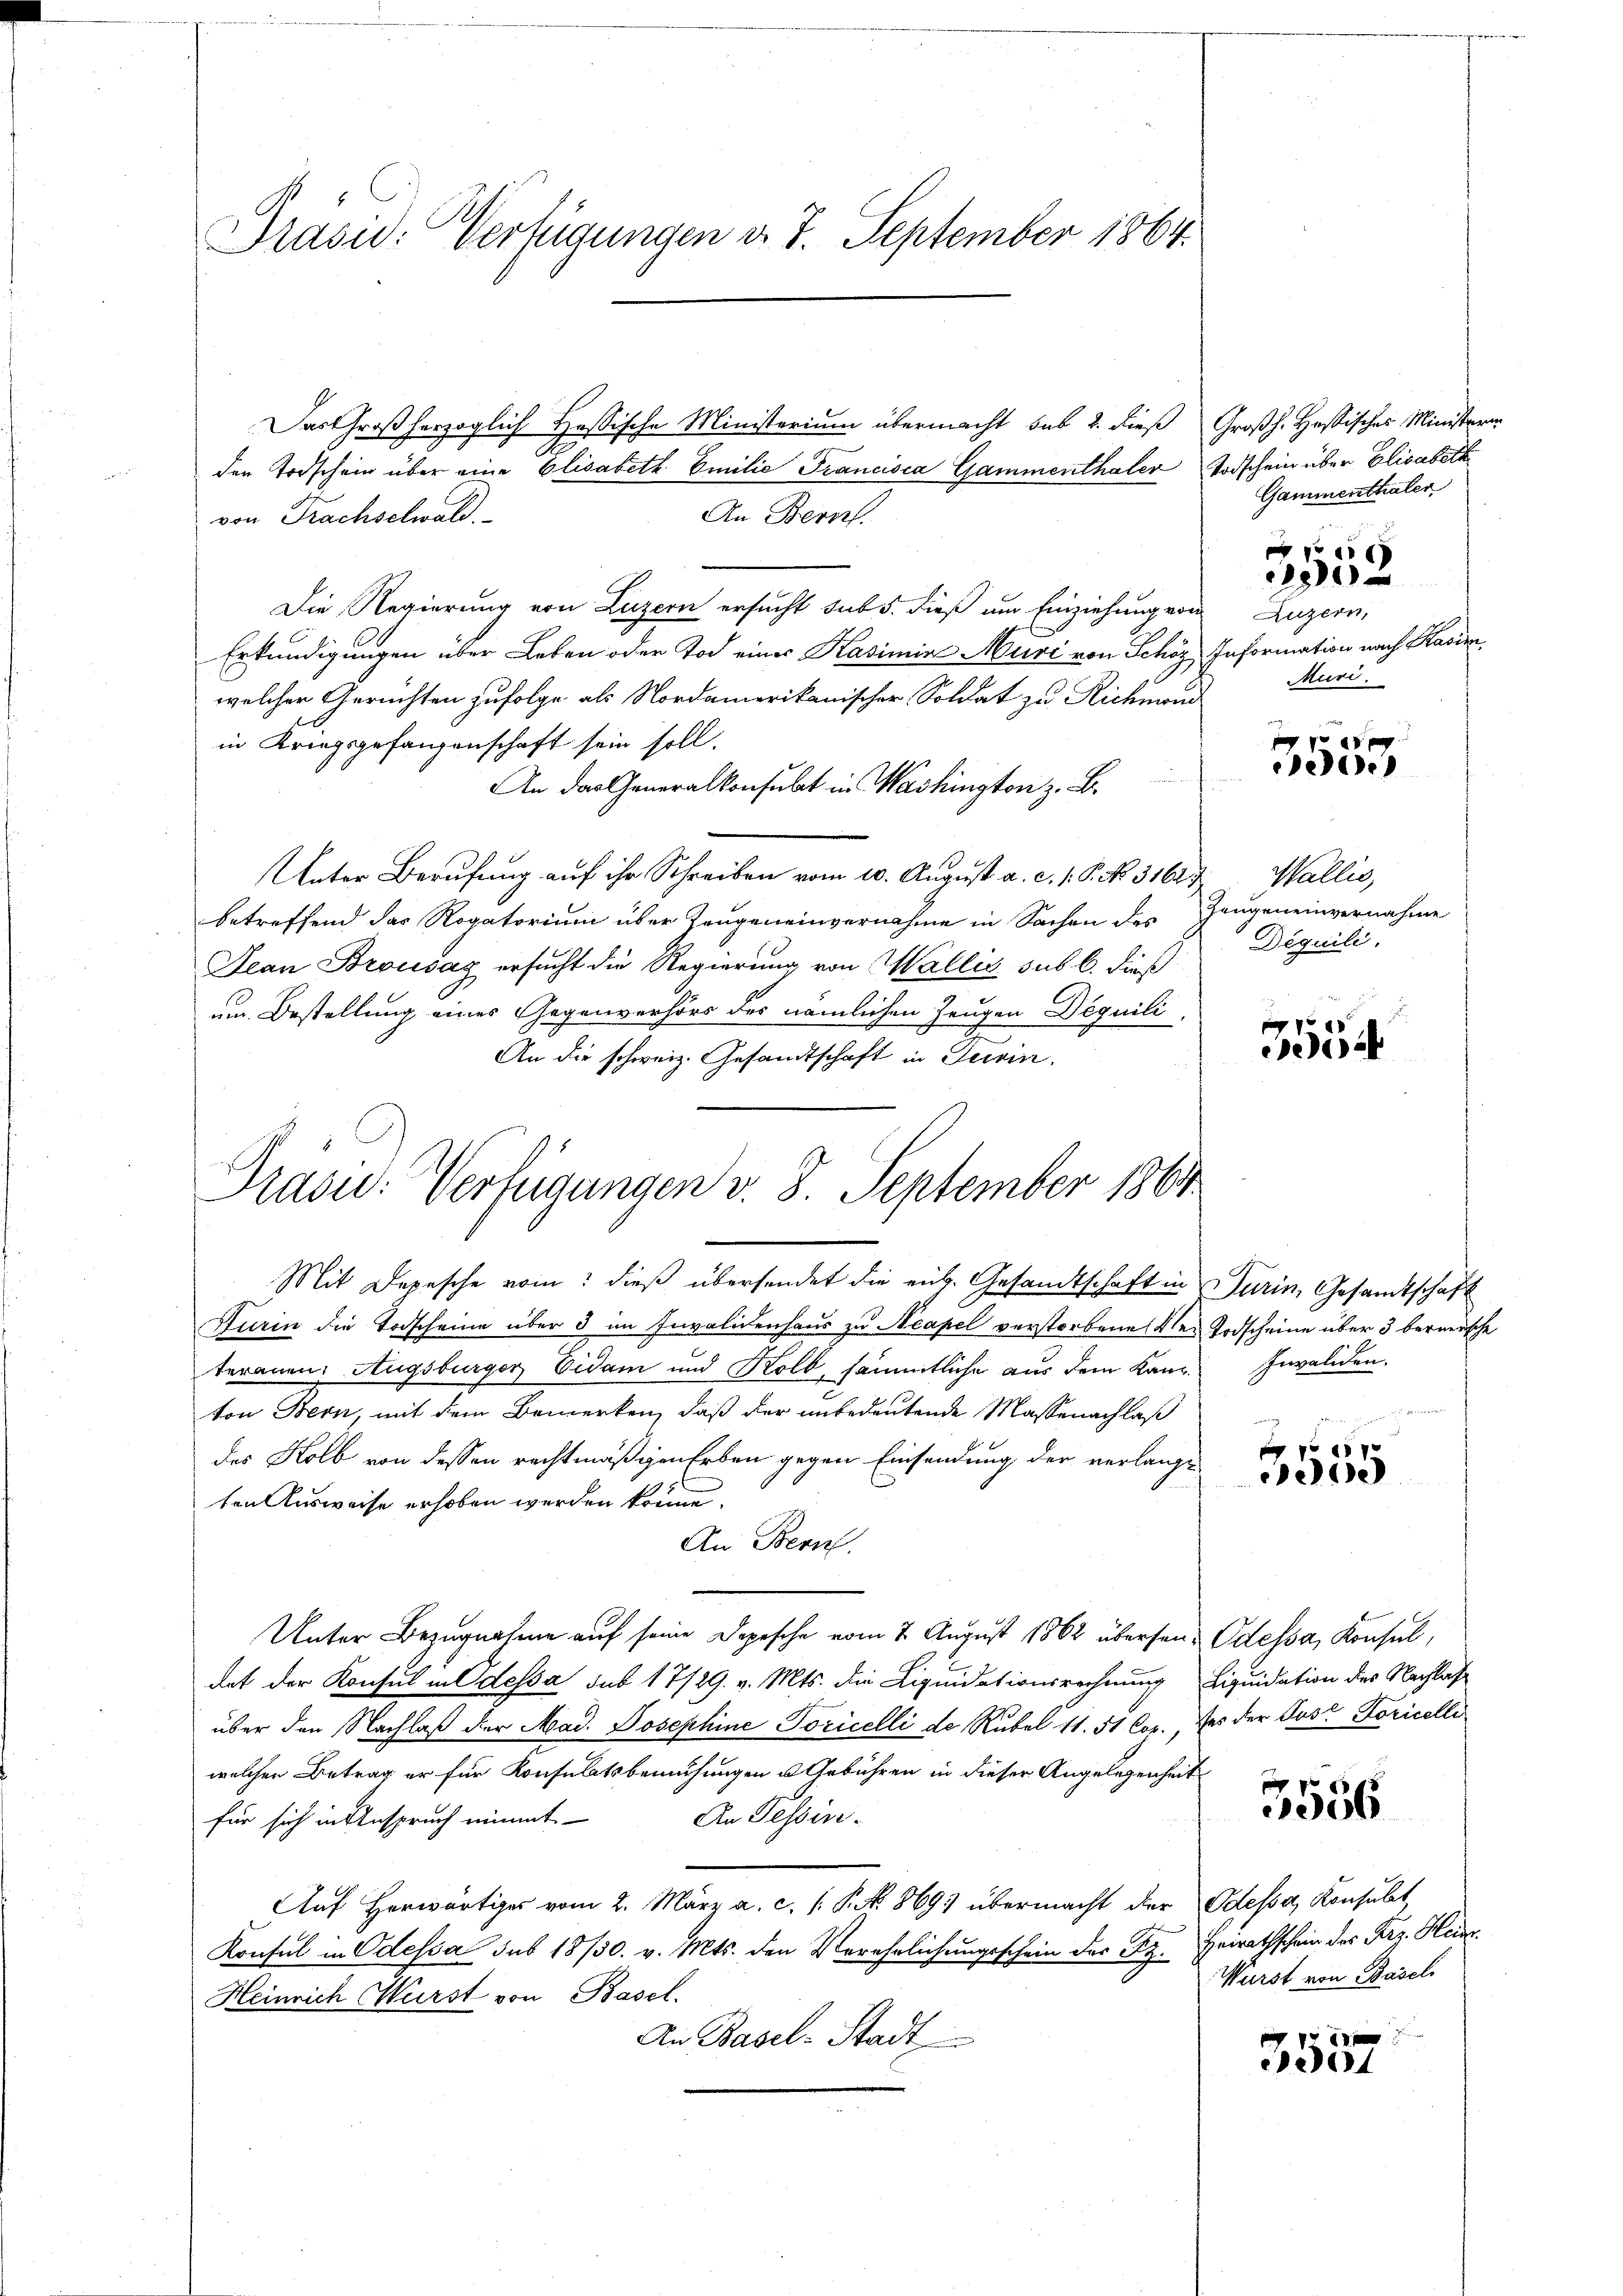
Prasid: Verfügungen d. 7. September 1864.

Das Großherzoglich Hassische Ministerium übermacht sub 2. dieß Großh. Hastisches Ministerer
den Todschein über eine Elisabeth Emilie Francisca Gammenthaler Todschein über Elisabeth
An Bern.
von Prachselwald.
Die Regierung von Luzern ersucht sub 5. dieß um Einziehung von Luzern,
Erkundigungen über Leben oder Tod eines Kasimine Muri von Schöz Information nach Kasinwelcher Gerichten zufolge als Nordamerikanischer, Soldat zu Richman
in Kriegsgefangenschaft sein soll.
An das Generalkonsulat in Washington z. B.
Unter Berufung auf ihr Schreiben vom 10. August a. c. 1. P. No. 31627
betreffend das Rogatorium über Zeugeneinvernahme in Sachen des Zeugeneinvernahme
Jean Brousaz ersucht die Regierung von Wallis sub b. dieß
um Bestellung eines Gegenverhörs des nämlichen Zeugen Déquili-
An die schweiz. Gesandtschaft in Turin.
Pras: Verfügungen v. 8. September 1864

Mit Depesche vom dieß übersendet die eich. Gesandtschaft in Turin, Gesandtschaft
Turin die Todscheine über 3 im Invalidenhaus zu Neapel verstorbene der Todscheine über 3 berneische
teranen. Augsburger Eidam und Kolb, sämmtliche aus dem Kanz. Invaliden.
ton Bern, mit dem Bemerken, daß der unbedeutende Massenachlaß
des Kolb von dessen rechtmäßigen Erben gegen Einsendung der verlange
ten Ausweise erhoben werden kann.
An Bern.
Unter Bezugnahme auf seine Depesche vom 7. August 1862 übersein Odessa, Konsul,
dat der Konsul in dessa sub 17/29. v. Mts. die Liquidationsrechnung Liquidation des Nachlas
über den Nachlaß der Mad. Josephine Toricelli de Rubel 11. 51 Cor., des der Jost Loricolli
welcher Betrag er für Konsulatsbemühungen u Gebühren in dieser Angelegenheit
An Tessin.
für sich in Anspruch nimmt
Auf Herwärtiges vom 2. März a. c. (: P. Nr. 869 übermacht der Odessa, Konsulat,
Konsul in Odessa sub 18/30. v. Mts. den Verehrlichungsschein des Sz. Herrathschein des Frz. Hein¬
Heinrich Würst von Basel.
An Basel-Stadt

Gammenthaler
.

180
Muri

e
10.)

Wallis,
Deguili.

355

E
ee

3556

Würst von Basel

Vi
20